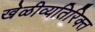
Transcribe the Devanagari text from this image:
खेळीव्यतिरिक्त